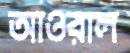
আওরাল